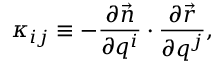
\kappa _ { i j } \equiv - \frac { \partial \vec { n } } { \partial q ^ { i } } \cdot \frac { \partial \vec { r } } { \partial q ^ { j } } ,